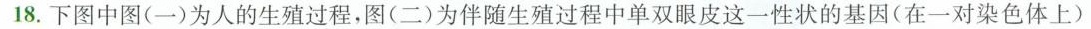
18.下图中图(一)为人的生殖过程，图(二)为伴随生殖过程中单双眼皮这一性状的基因(在一对染色体上)